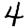
Digit: 4